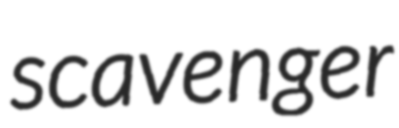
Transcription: scavenger